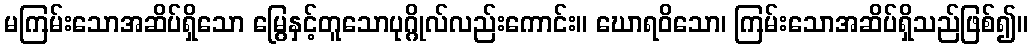
မကြမ်းသောအဆိပ်ရှိသော မြွေနှင့်တူသောပုဂ္ဂိုလ်လည်းကောင်း။ ဃောရဝိသော၊ ကြမ်းသောအဆိပ်ရှိသည်ဖြစ်၍။